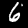
Label: 6